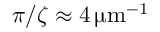
\pi / \zeta \approx 4 \, \upmu \mathrm { m } ^ { - 1 }